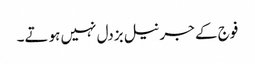
فوج کے جرنیل بزدل نہیں ہوتے۔